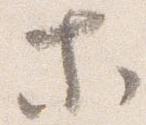
等